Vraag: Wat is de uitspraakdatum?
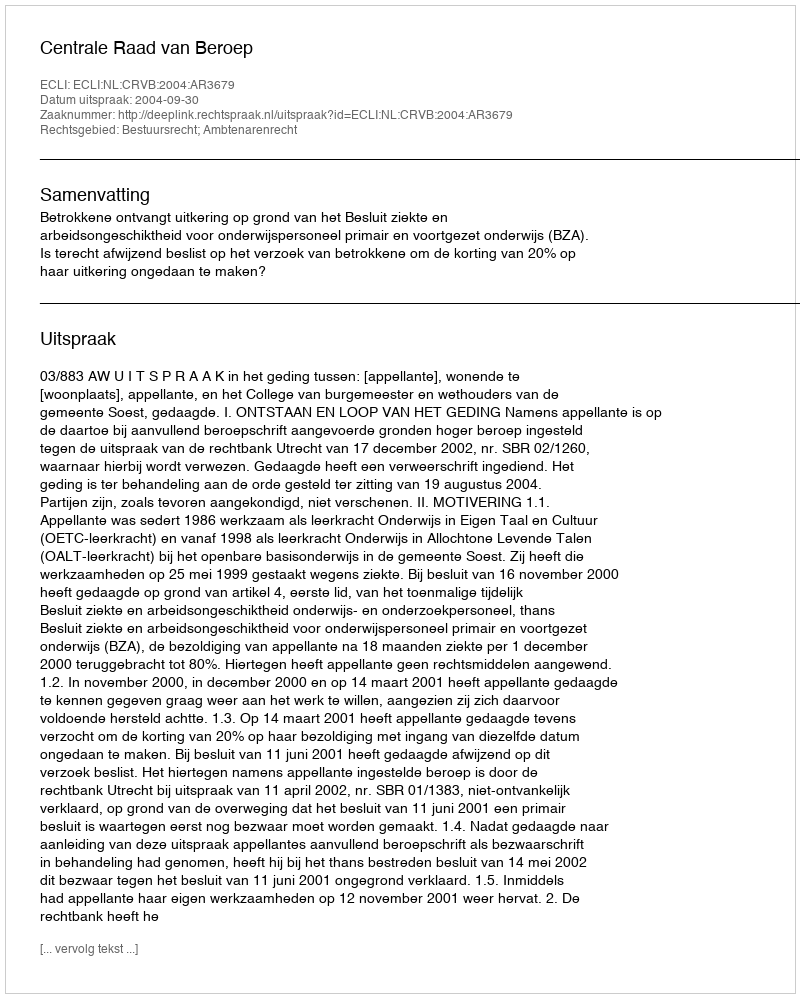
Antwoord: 2004-09-30